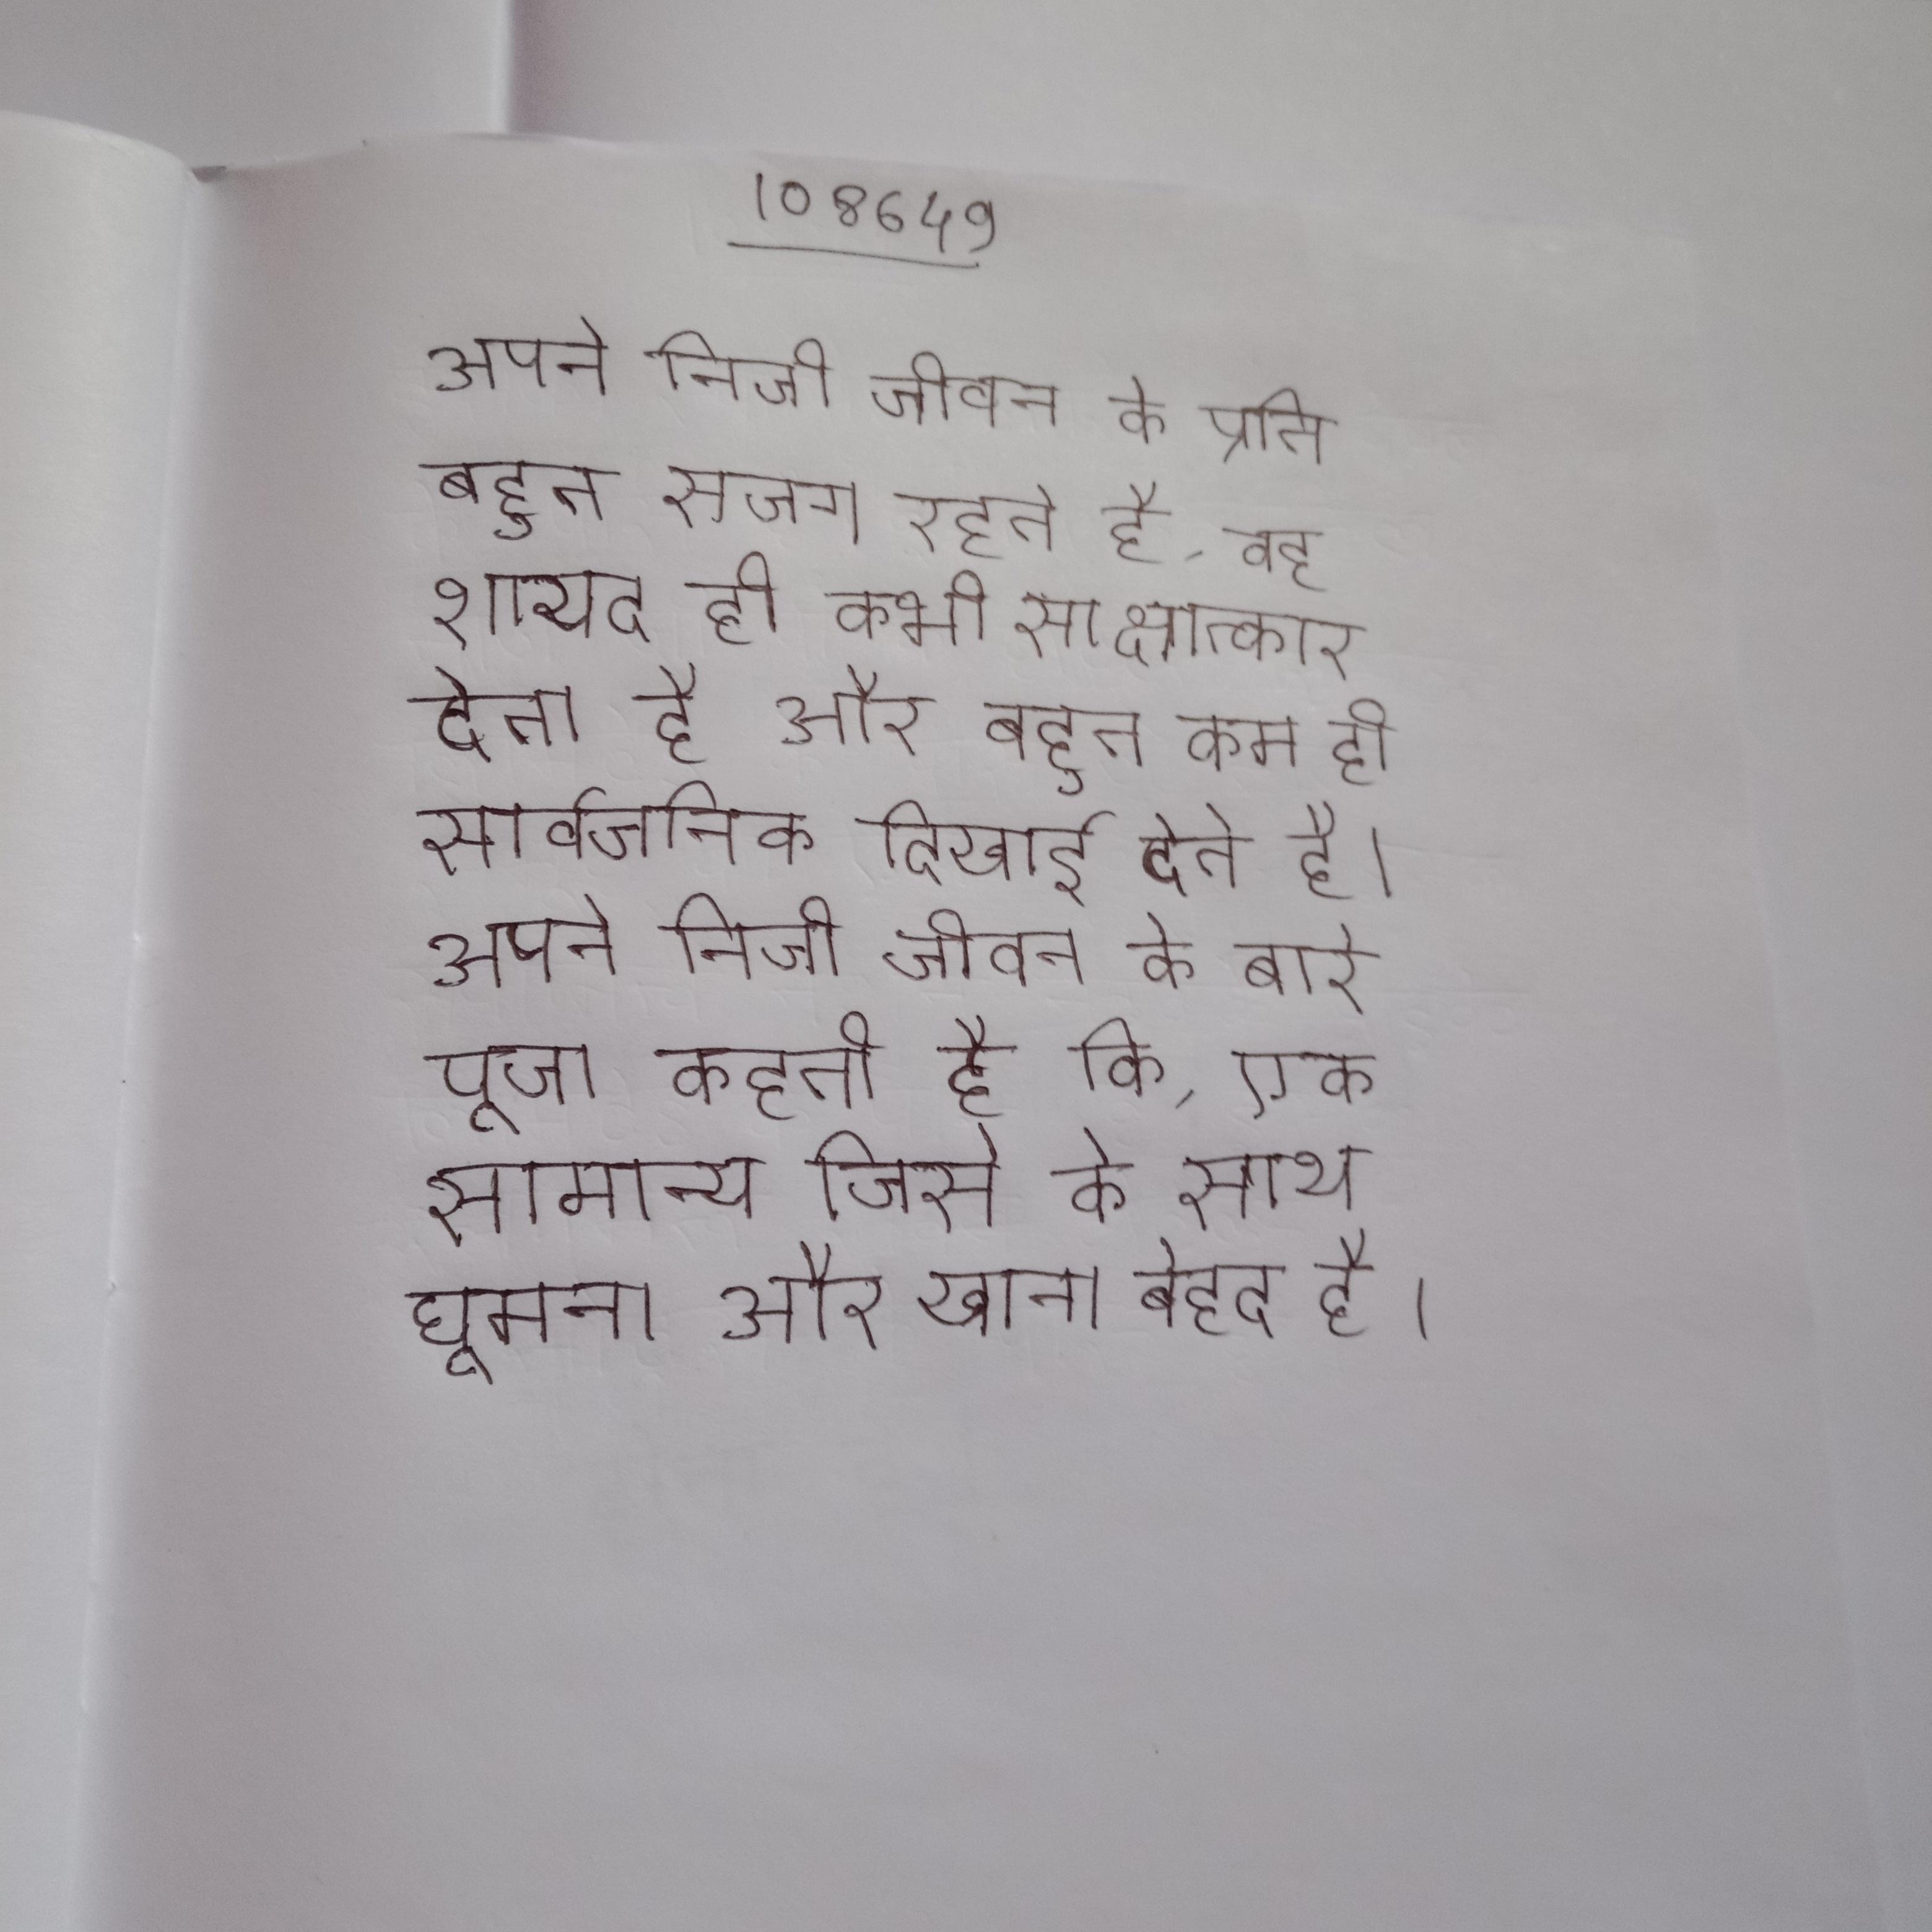
अपने निजी जीवन के प्रति बहुत सजग रहते है, वह शायद ही कभी साक्षात्कार देता है और बहुत कम ही सार्वजनिक दिखाई देते है । अपने निजी जीवन के बारे पूजा कहती है कि, एक सामान्य जिसे के साथ घूमना और खाना बेहद है ।